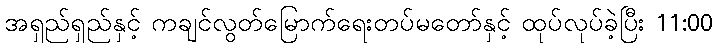
အရှည်ရှည်နှင့် ကချင်လွတ်မြောက်ရေးတပ်မတော်နှင့် ထုပ်လုပ်ခဲ့ပြီး 11:00